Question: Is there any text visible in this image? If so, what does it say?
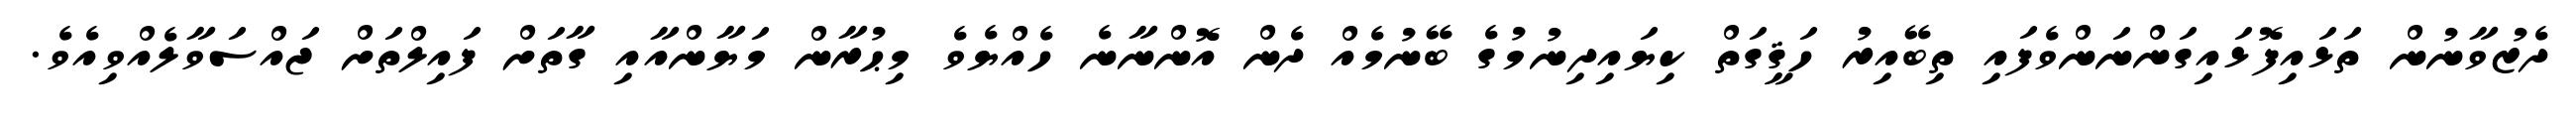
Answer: ދެޒުވާނުން ތަޅައިފޮޅައިގަންނަންވެފައި ތިބޭއިރު ހަޤީގަތް ކިޔައިދިނުމުގެ ބޭނުމެއް ދެން އޮންނާނެ ހެއްޔެވެ މިޙުރާން މަޔާންއާއި ގާތަށް ފައިލްތަށް ޖައްސަވާލެއްވިއެވެ.